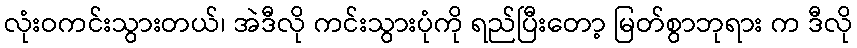
လုံးဝကင်းသွားတယ်၊ အဲဒီလို ကင်းသွားပုံကို ရည်ပြီးတော့ မြတ်စွာဘုရား က ဒီလို